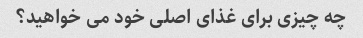
چه چیزی برای غذای اصلی خود می خواهید؟